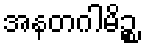
အနတဂါမိဉ္စ